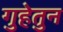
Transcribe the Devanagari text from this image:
गुहेतुन